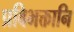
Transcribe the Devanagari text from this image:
प्रविभक्तानि